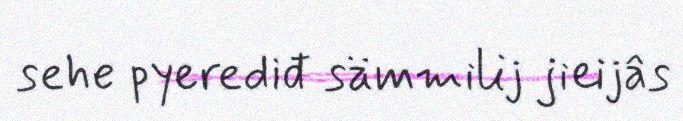
sehe pyerediđ sämmilij jieijâs